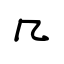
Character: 几